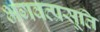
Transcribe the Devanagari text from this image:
भगवत्प्रसूति